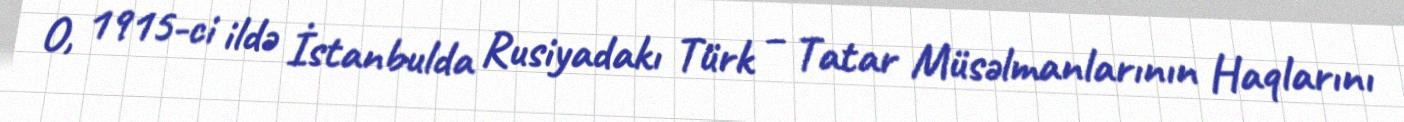
O, 1915-ci ildə İstanbulda Rusiyadakı Türk – Tatar Müsəlmanlarının Haqlarını